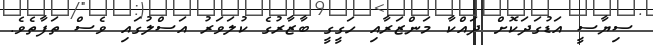
ސިޔާސީ އަޑުގަދަކޮށް ދައްކާ މަންޒަރާއި ހަގީގީ ބާޒާރުގެ ކުލަވަރު އަސްލުގައި ވެސް ތަފާތެވެ.